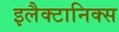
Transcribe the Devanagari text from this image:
इलैक्टानिक्स